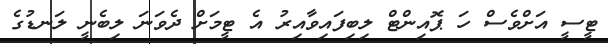
ޓީސީ އަށްވެސް ހަ ޕޮއިންޓް ލިބިފައިވާއިރު އެ ޓީމަށް ދެވަނަ ލިބެނީ ލަނޑުގެ